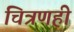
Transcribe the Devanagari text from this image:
चित्रणही